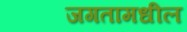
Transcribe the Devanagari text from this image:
जगतामधील